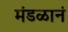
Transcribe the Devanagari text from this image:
मंडळानं